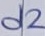
Text: d2